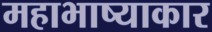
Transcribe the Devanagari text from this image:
महाभाष्याकार